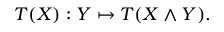
T ( X ) : Y \mapsto T ( X \wedge Y ) .